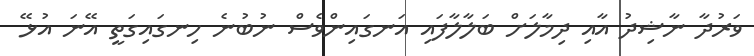
ވަރުދާ ނާޝިދު އާއި ދިމާލަށް ބަލާލާފައި އަނގައިންވެސް ނުބުނެ ހިނގައިގަތީ އޭނަ އުޅޭ